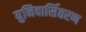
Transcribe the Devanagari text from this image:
युनिवार्सितरण